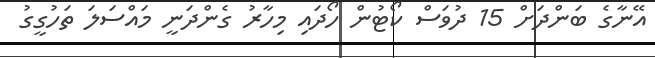
އޭނާގެ ބަންދަށް 15 ދުވަސް ކޯޓުން ހޯދައި މިހާރު ގެންދަނީ މައްސަލަ ތަހުގީގު